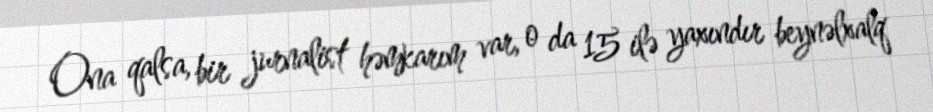
Ona qalsa, bir jurnalist həmkarım var, o da 15 ilə yaxındır beynəlxalq